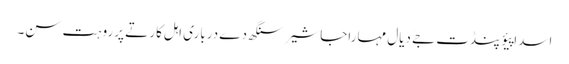
اسدا پیؤ پنڈت جےَ دیال مہاراجا شیر سنگھ دے درباری اہل کار تے پرروہت سن۔